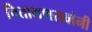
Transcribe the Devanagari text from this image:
चितामणरावांनी